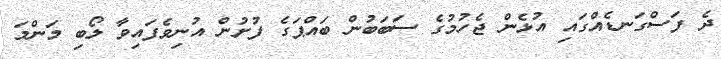
ދެ ފަސްގަނޑެއްގައި އުޅެން ޖެހުމުގެ ސަބަބުން ބައްޕަގެ ފުށުން އުނިވެފައިވާ ލޯބި މަންމަ